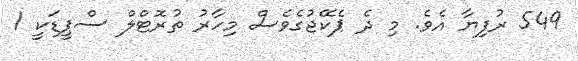
549 ރުފިޔާ އެވެ. މި ދެ ޕެކޭޖުގެވެސް މިހާރު ތުރޮޓްލް ސްޕީޑަކީ 1